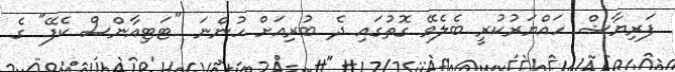
ފަރިޔާޝް ހައްޔަރުކުރީ ބެލެވޭ ގޮތުގައި ދެ ބުރިއަށް ހުންނަ "ޓަޓިއާންސް ކެފޭ" ގެ